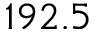
1 9 2 . 5